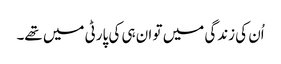
اُن کی زندگی میں تو ان ہی کی پارٹی میں تھے۔